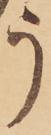
う